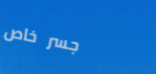
جسر خاص